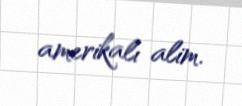
amerikalı alim.